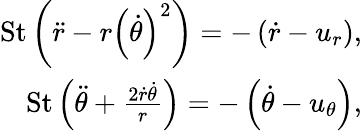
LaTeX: \begin{array}{r}{\mathrm{St}\left(\ddot{r}-r\left(\dot{\theta}\right)^{2}\right)=-\left(\dot{r}-u_{r}\right),}\\ {\mathrm{St}\left(\ddot{\theta}+\frac{2\dot{r}\dot{\theta}}{r}\right)=-\left(\dot{\theta}-u_{\theta}\right),}\end{array}